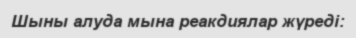
Шыны алуда мына реакдиялар жүреді: